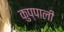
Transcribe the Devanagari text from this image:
कुप्पाली